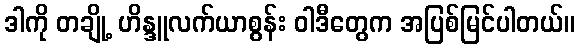
ဒါကို တချို့ ဟိန္ဒူလက်ယာစွန်း ဝါဒီတွေက အပြစ်မြင်ပါတယ်။